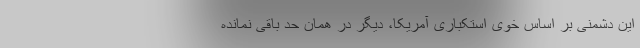
این دشمنی بر اساس خوی استکباری آمریکا، دیگر در همان حد باقی نمانده